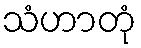
သံဟာတုံ